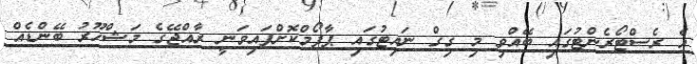
އެ ރެސްޓޯރެންޓުގައި ބޭއްވި މި ގިގް ނައިޓުގައި ޕާފޯމްކޮށްފައިވަނީ ރާއްޖޭގެ މަޝްހޫރު ބޭންޑެއް